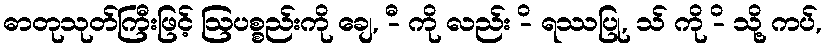
ဓာတုသုတ်ကြီးဖြင့် ဩပစ္စည်းကို ချေ, -ီ ကို လည်း -ိ ရဿပြု, သ် ကို -ိ သို့ ကပ်,